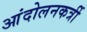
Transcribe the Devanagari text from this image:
आंदोलनकर्त्री